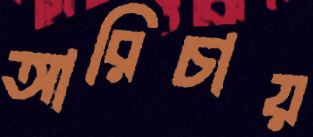
আরিচায়